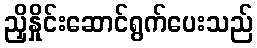
ညှိနှိုင်းဆောင်ရွက်ပေးသည်